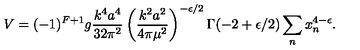
V = ( - 1 ) ^ { F + 1 } g { \frac { k ^ { 4 } a ^ { 4 } } { 3 2 \pi ^ { 2 } } } \left( { \frac { k ^ { 2 } a ^ { 2 } } { 4 \pi \mu ^ { 2 } } } \right) ^ { - \epsilon / 2 } \Gamma ( - 2 + \epsilon / 2 ) \sum _ { n } x _ { n } ^ { 4 - \epsilon } .